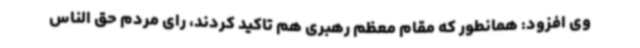
وی افزود: همانطور که مقام معظم رهبری هم تاکید کردند، رای مردم حق الناس